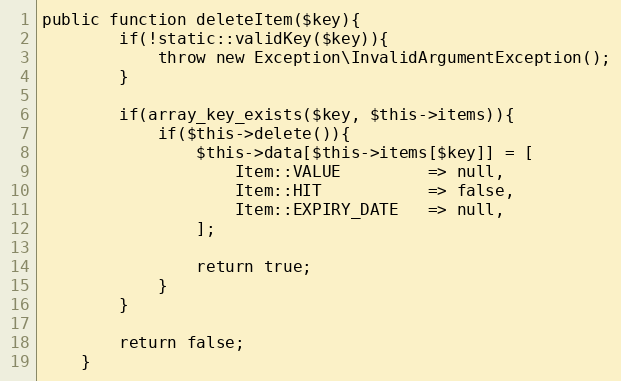
Language: PHP
public function deleteItem($key){
        if(!static::validKey($key)){
            throw new Exception\InvalidArgumentException();
        }

        if(array_key_exists($key, $this->items)){
            if($this->delete()){
                $this->data[$this->items[$key]] = [
                    Item::VALUE         => null,
                    Item::HIT           => false,
                    Item::EXPIRY_DATE   => null,
                ];

                return true;
            }
        }

        return false;
    }